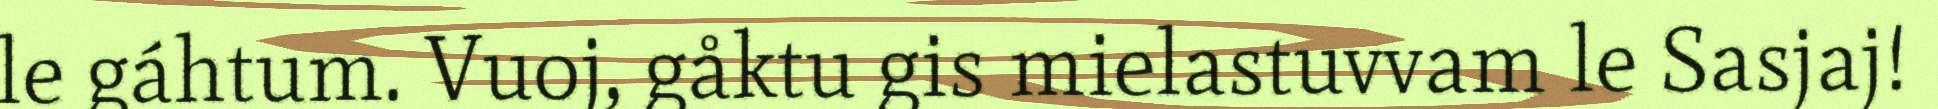
le gáhtum. Vuoj, gåktu gis mielastuvvam le Sasjaj!